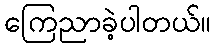
ကြေညာခဲ့ပါတယ်။